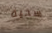
سخية